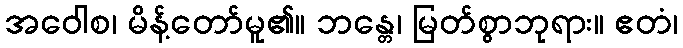
အဝေါစ၊ မိန့်တော်မူ၏။ ဘန္တေ၊ မြတ်စွာဘုရား။ ဧတံ၊